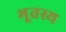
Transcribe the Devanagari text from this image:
भूतस्य